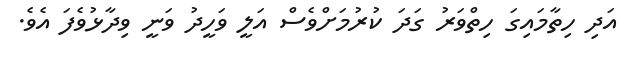
އަދި ހިތާމައިގަ ހިތްވަރު ގަދަ ކުރުމަށްވެސް އަލީ ވަހީދު ވަނީ ވިދާޅުވެފަ އެވެ.